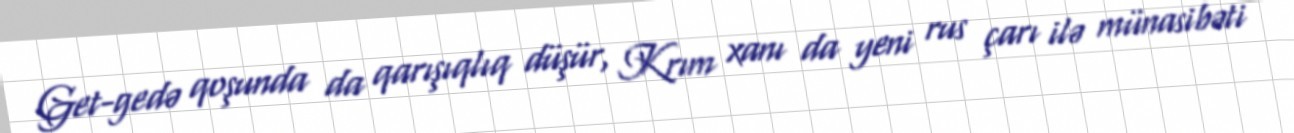
Get-gedə qoşunda da qarışıqlıq düşür, Krım xanı da yeni rus çarı ilə münasibəti